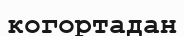
когортадан